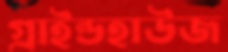
গ্রাইন্ডহাউজ